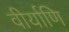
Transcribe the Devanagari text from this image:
वीर्याणि